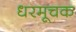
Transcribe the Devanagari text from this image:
धरमूचक